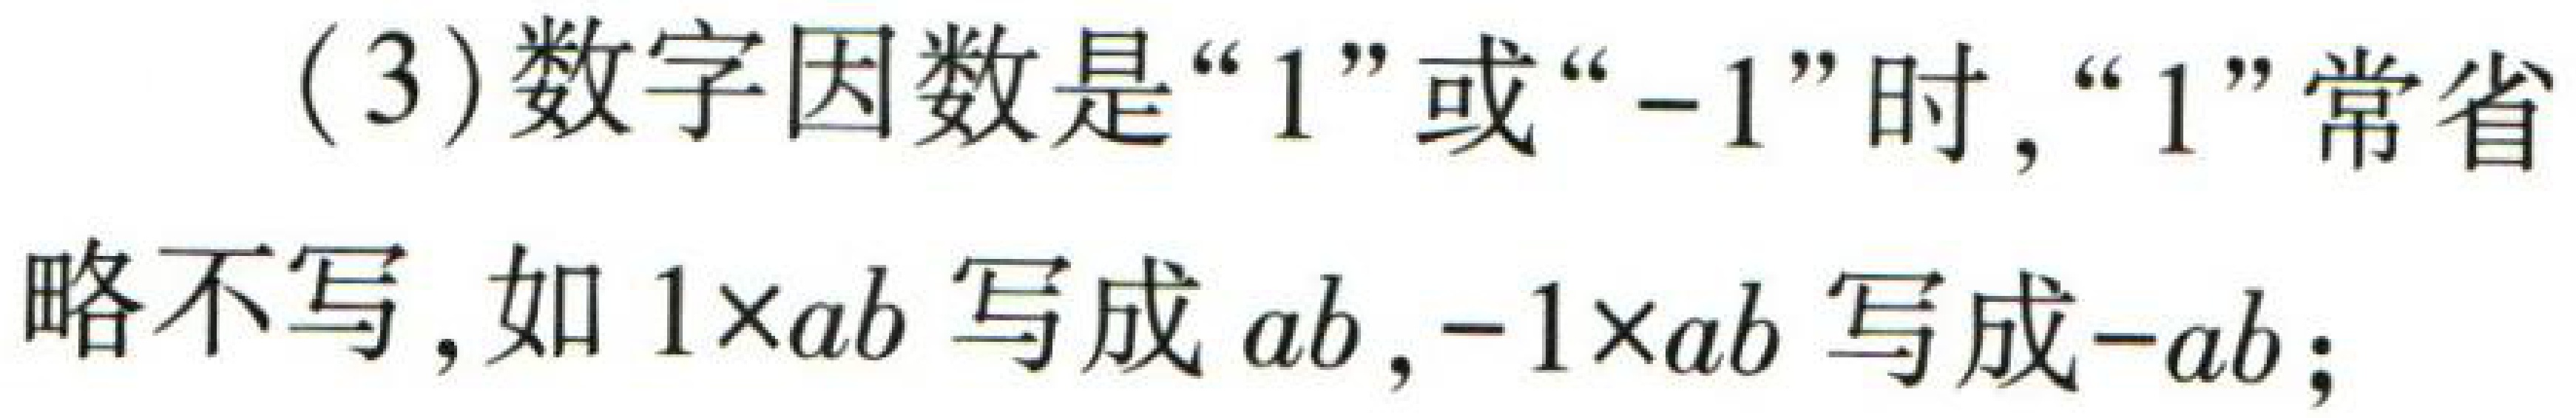
(3)数字因数是“$1$”或“$-1$”时，“$1$”常省略不写，如$1\times ab$写成$ab$，$-1\times ab$写成$-ab$；